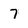
Character: 7